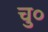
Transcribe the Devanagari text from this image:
चु०